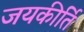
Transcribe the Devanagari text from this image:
जयकीर्ति